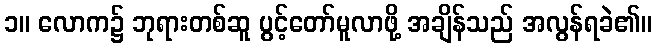
၁။ လောက၌ ဘုရားတစ်ဆူ ပွင့်တော်မူလာဖို့ အချိန်သည် အလွန်ရခဲ၏။